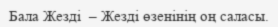
Бала Жезді  – Жезді өзенінің оң саласы.